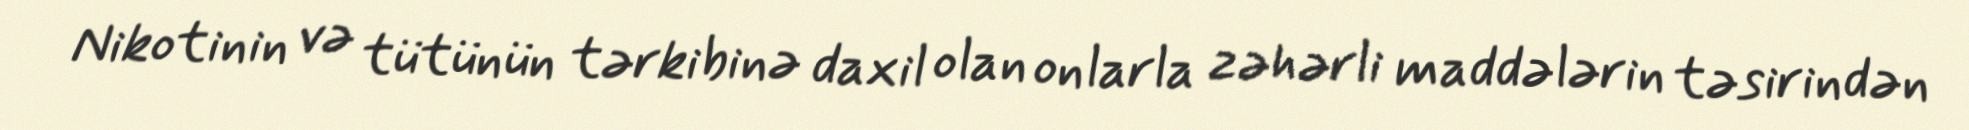
Nikotinin və tütünün tərkibinə daxil olan onlarla zəhərli maddələrin təsirindən